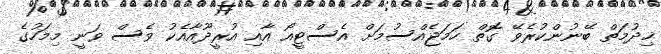
ޚިދުމަތް ބޭނުންކުރެވޭ ގޮތް ހަމަޖެއްސުމަށް އެސްޓީއޯ އާއި އުރީދޫއާއެކު ވެސް ވަނީ މިމަހުގެ